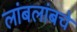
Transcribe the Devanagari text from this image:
लांबलांबचे